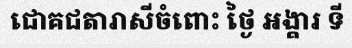
ជោគជតារាសីចំពោះ ថ្ងៃ អង្គារ ទី